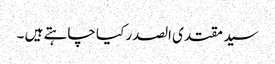
سید مقتدی الصدر کیا چاہتے ہیں ۔